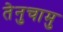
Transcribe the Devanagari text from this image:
तेनुचामु